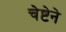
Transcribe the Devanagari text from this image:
चेष्टेने